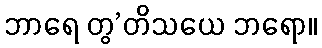
ဘာရေ တွ’တိသယေ ဘရော။